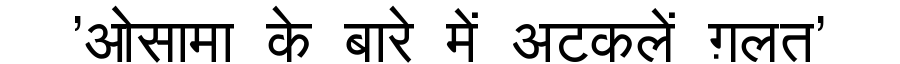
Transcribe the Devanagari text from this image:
'ओसामा के बारे में अटकलें ग़लत'